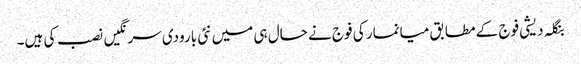
بنگلہ دیشی فوج کے مطابق میانمار کی فوج نے حال ہی میں نئی بارودی سرنگیں نصب کی ہیں۔